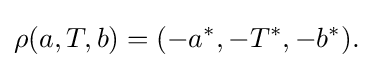
\displaystyle {\rho (a,T,b)=(-a^{*},-T^{*},-b^{*}).}